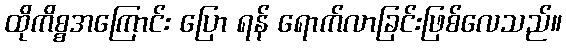
ထိုကိစ္စအကြောင်း ပြော ရန် ရောက်လာခြင်းဖြစ်လေသည်။